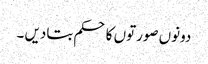
دونوں صورتوں کا حکم بتادیں ۔